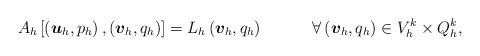
LaTeX: \begin{align*}A_h\left[\left(\boldsymbol{u}_h,p_h\right),\left(\boldsymbol{v}_h,q_h\right)\right]=L_h\left(\boldsymbol{v}_h,q_h\right)~~~~~~~~~\forall\left(\boldsymbol{v}_h,q_h\right)\in V_h^k\times Q_h^k,\end{align*}